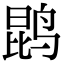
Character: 鹍